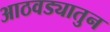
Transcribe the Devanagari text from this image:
आठवड्यातुन